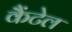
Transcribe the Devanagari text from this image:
कैंटेल